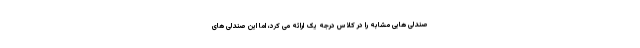
صندلی هایی مشابه را در کلاس درجه یک ارائه می کرد، اما این صندلی های